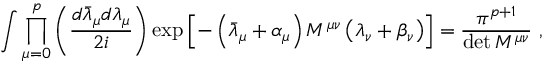
\int \prod _ { \mu = 0 } ^ { p } \left( \frac { d \bar { \lambda } _ { \mu } d \lambda _ { \mu } } { 2 i } \right) \exp \left[ - \left( \bar { \lambda } _ { \mu } + \alpha _ { \mu } \right) M ^ { \mu \nu } \left( \lambda _ { \nu } + \beta _ { \nu } \right) \right] = \frac { \pi ^ { p + 1 } } { \operatorname * { d e t } M ^ { \mu \nu } } ~ ,